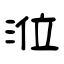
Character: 涖